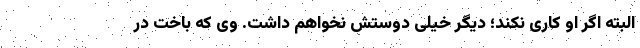
البته اگر او کاری نکند؛ دیگر خیلی دوستش نخواهم داشت. وی که باخت در